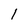
Character: l